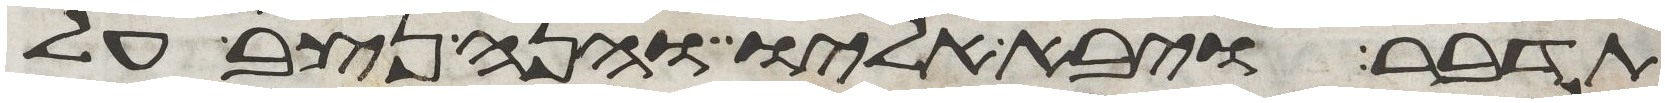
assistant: תדבר ויבא אליו והנה נצב על